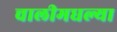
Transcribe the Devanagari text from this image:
चालीमधल्या